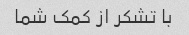
با تشکر از کمک شما